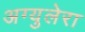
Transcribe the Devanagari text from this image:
अग्युलेरा